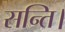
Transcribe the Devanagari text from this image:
सन्ति।